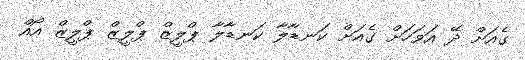
ގެއަށް ދޭ އަވަހަށް ގެއަށް ކަނޑާލާ ކަނޑާލާ ޕްލީޒް ޕްލީޒް ޕްލީޒް އޯއް